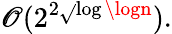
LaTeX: \mathscr{O}(2^{2{\sqrt{}{{\log\logn}}}}).